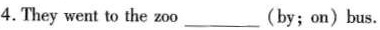
4.They went to the zoo ( by ; on ) bus.